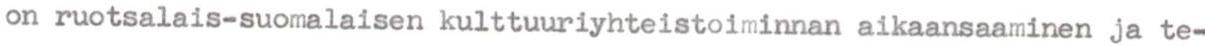
on ruotsalais-suomalaisen kulttuuriyhteistoiminnan aikaansaaminen ja te-